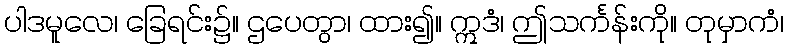
ပါဒမူလေ၊ ခြေရင်း၌။ ဌပေတွာ၊ ထား၍။ ဣဒံ၊ ဤသင်္ကန်းကို။ တုမှာကံ၊